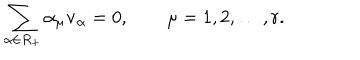
LaTeX: \sum _ { \alpha \in R _ { + } } \alpha _ { \mu } { \bf v } _ { \alpha } = 0 , \qquad \mu = 1 , 2 , \ldots , r .